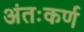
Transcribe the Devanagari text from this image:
अंतःकर्ण